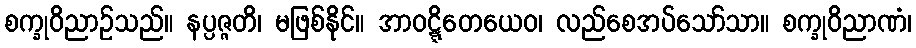
စက္ခုဝိညာဉ်သည်။ နပ္ပဇ္ဇတိ၊ မဖြစ်နိုင်။ အာဝဋ္ဋိတေယေဝ၊ လည်စေအပ်သော်သာ။ စက္ခုဝိညာဏံ၊